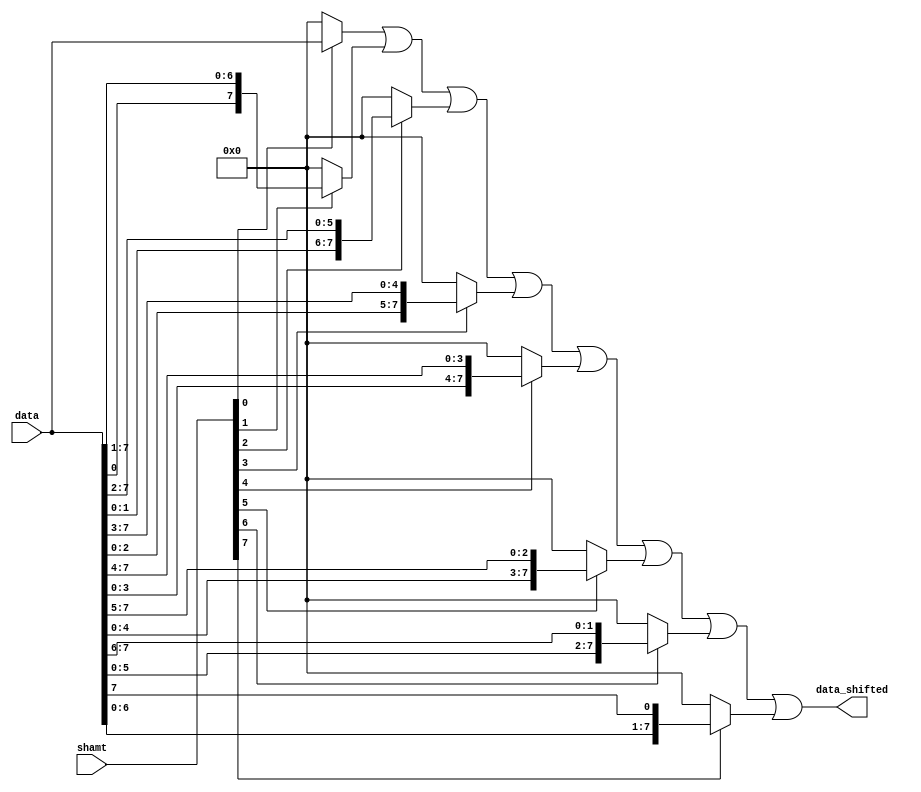
module barrel_shifter # (
    parameter DIR = 0, // 0 -> right, 1 -> left
    parameter OFF = 0, // offset
    parameter WIDTH = 8 // number of input requests
    ) (
        input [WIDTH-1: 0] shamt, // NOTE: this shamt should be one-hot encoded
        input [WIDTH-1: 0] data,
        output reg [WIDTH-1: 0] data_shifted
    );
    // WIDTH-to-1 mux (one-hot encoded) 
    wire [WIDTH-1: 0] data_array [0:WIDTH-1];
    wire [WIDTH-1: 0] shamt_off = (OFF == 0)? shamt : {shamt[WIDTH-OFF-1: 0], shamt[WIDTH-1: WIDTH-OFF]};
    genvar i;
    generate 
        if (DIR) begin // left shift
            assign data_array[0] = shamt_off[0]? data : 0;
            for (i = 1; i < WIDTH; i = i + 1) begin: mux_input_left
                assign data_array[i] = shamt_off[i]? {data[WIDTH-i-1: 0], data[WIDTH-1: WIDTH-i]}: 0;
            end
        end else begin // right shift
            assign data_array[0] = shamt_off[0]? data : 0;
            for (i = 1; i < WIDTH; i = i + 1) begin: mux_input_right
                assign data_array[i] = shamt_off[i]? {data[i-1: 0], data[WIDTH-1: i]}: 0;
            end
        end
    endgenerate
    // all cases ORed together
    integer j;
    always@(*)begin
        data_shifted = data_array[0];
        for (j = 1; j < WIDTH; j = j + 1) begin: output_or
            data_shifted = data_shifted | data_array[j];
        end
    end

endmodule